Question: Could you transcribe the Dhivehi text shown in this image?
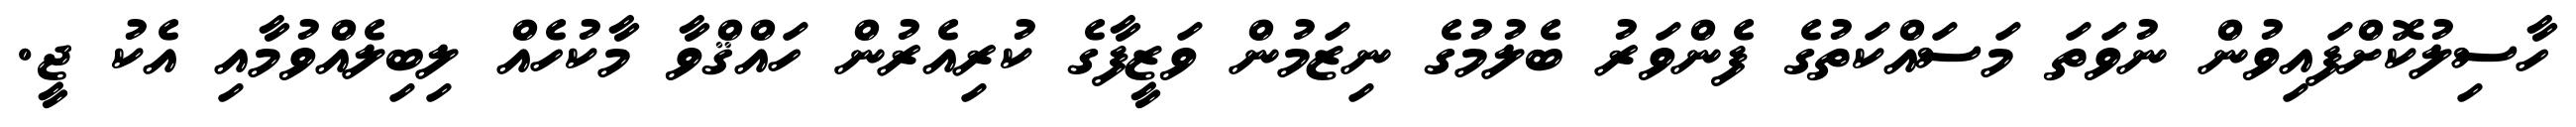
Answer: ހާސިލުކޮށްފައިވުން ނުވަތަ މަސައްކަތުގެ ފެންވަރު ބެލުމުގެ ނިޒަމުން ވަޒީފާގެ ކުރިއެރުން ހައްޤްވާ މާކުހެއް ލިބިލެއްވުމާއި އެކު ޖީ.